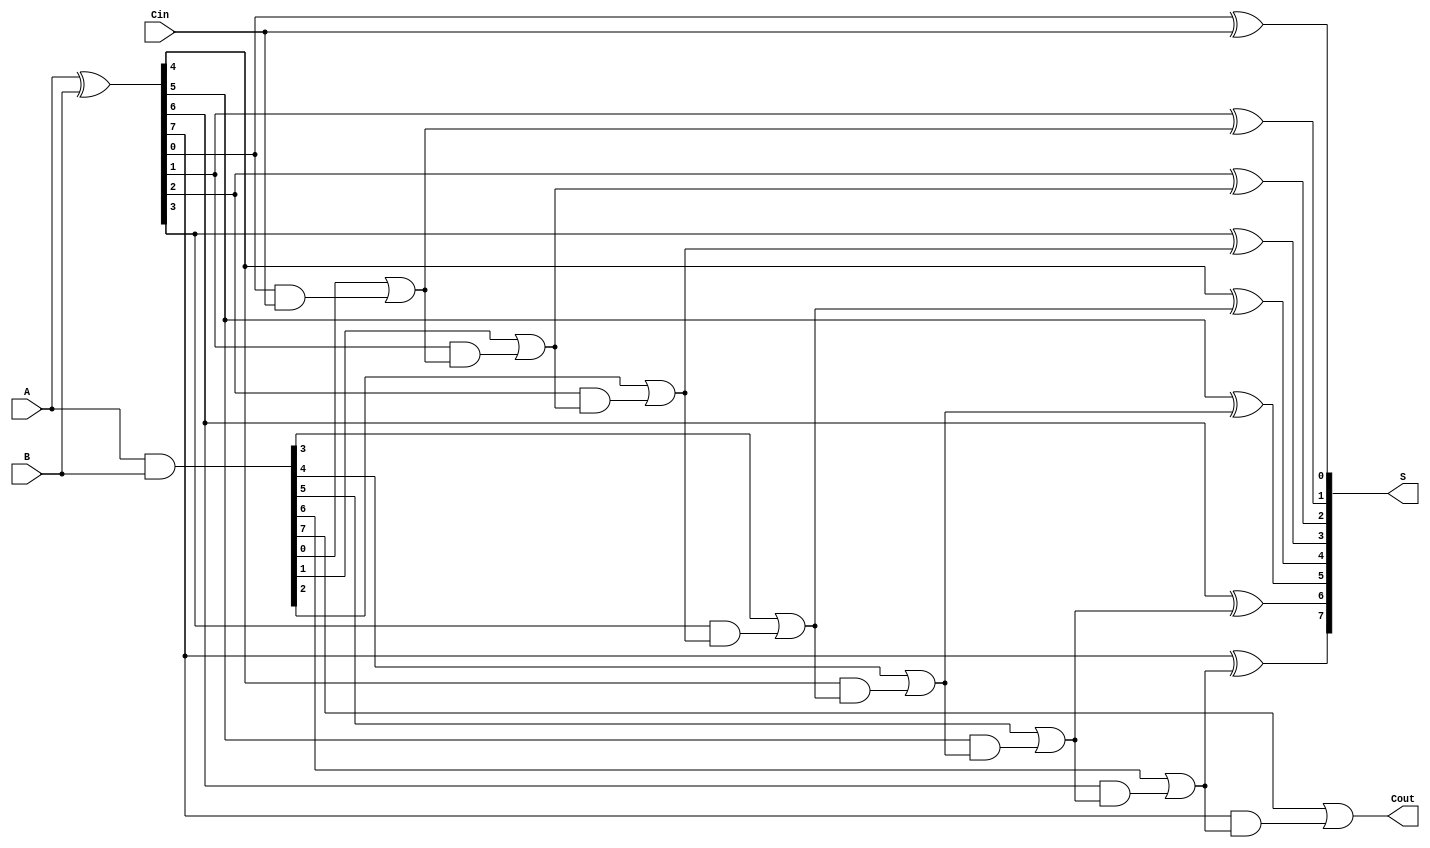
module ParallelPrefixAdder #(parameter N = 8) (
    input  [N-1:0] A,      // First n-bit input
    input  [N-1:0] B,      // Second n-bit input
    input         Cin,      // Carry-in
    output [N-1:0] S,      // n-bit sum output
    output        Cout      // Carry-out
);

    // Generate and Propagate signals
    wire [N-1:0] G; // Generate
    wire [N-1:0] P; // Propagate
    wire [N:0] C;    // Carry bits

    // Generate and Propagate calculations
    assign G = A & B;          // G[i] = A[i] AND B[i]
    assign P = A ^ B;          // P[i] = A[i] XOR B[i]

    // Carry bits initialization
    assign C[0] = Cin;         // C[0] = Cin

    // Carry generation using Kogge-Stone method
    genvar i, j;
    generate
        // Level 1
        for (i = 0; i < N; i = i + 1) begin
            assign C[i+1] = G[i] | (P[i] & C[i]);
        end
    endgenerate

    // Sum calculation
    generate
        for (i = 0; i < N; i = i + 1) begin
            assign S[i] = P[i] ^ C[i]; // S[i] = P[i] XOR C[i]
        end
    endgenerate

    // Final carry-out
    assign Cout = C[N]; // Cout = C[n]

endmodule